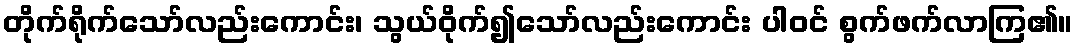
တိုက်ရိုက်သော်လည်းကောင်း၊ သွယ်ဝိုက်၍သော်လည်းကောင်း ပါဝင် စွက်ဖက်လာကြ၏။